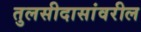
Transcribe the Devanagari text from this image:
तुलसीदासांवरील